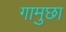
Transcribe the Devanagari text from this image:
गामुछा